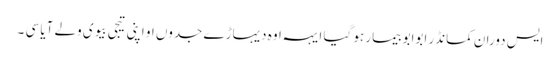
ایس دوران کمانڈر ابوابو بیمار ہو گیا ایہہ اوہ دیہاڑے جدوں او اپنی تیجی بیوی ولے آیا سی ۔